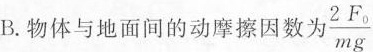
B.物体与地面间的动摩擦因数为\frac{2F_{0}}{mg}